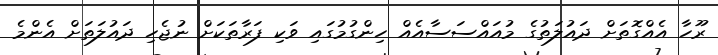
ރޫހާ އެއްގޮތަށް ދައުލަތުގެ މުއައްސަސާއެއް ހިންގުމުގައި ވަކި ފަރާތަކަށް ނުޖެހި ދައުލަތަށް އެންމެ